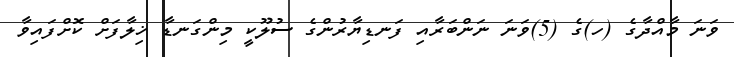
ވަނަ މާއްދާގެ (ހ)ގެ (5)ވަނަ ނަންބަރާއި ފަނޑިޔާރުންގެ ސުލޫކީ މިންގަނޑާ ޚިލާފަށް ކޮށްފައިވާ